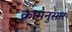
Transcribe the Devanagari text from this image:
क्रामनुसार